Calcutta medical institutions reports 1892-1900
Year: 1892
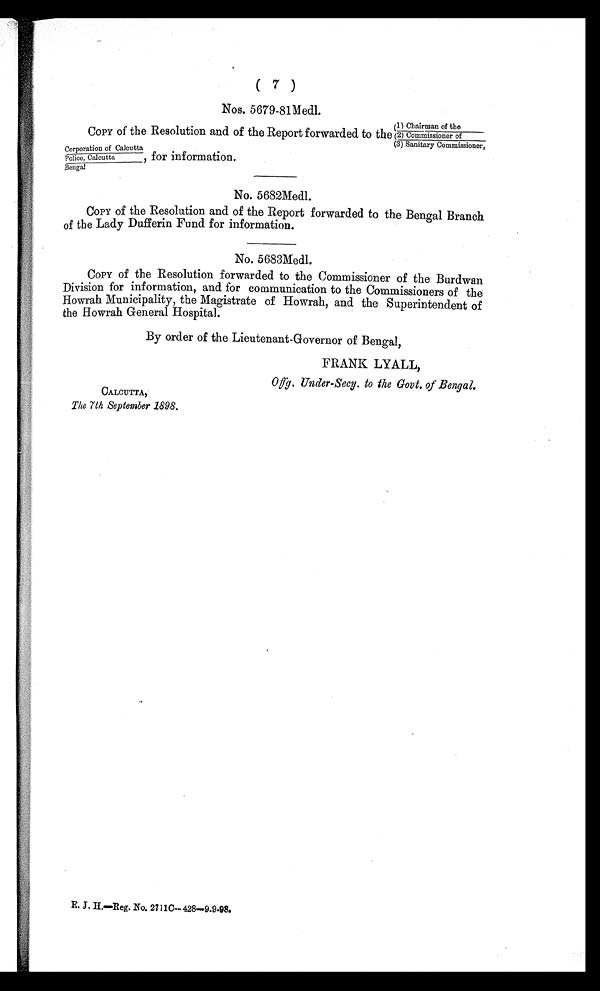
Corporation of Calcutta
Police, Calcutta
Bengal
for information.
( 7 )
Nos. 5679-81 Medl.
COPY of the Resolution and of the Report forwarded to the
.1) Chairman of the
2) Commissioner of
3) Sanitary Commissioner,
No. 5682Medl.
COPY of the Resolution and of the Report forwarded to the Bengal Branch
of the Lady Dufferin Fund for information.
No. 5683Medl.
COPY of the Resolution forwarded to the Commissioner of the Burdwan
Division for information, and for communication to the Commissioners of the
Howrah Municipality, the Magistrate of Howrah, and the Superintendent of
the Howrah General Hospital.
By order of the Lieutenant-Governor of Bengal,
FRANK LYALL,
Offg. Under-Secy. to the Govt. of Bengal.
CALCUTTA,
The 7th September 1898.
E. J.H.–Reg.No. 27110–428–9.9.98.